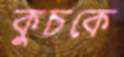
কুচকে